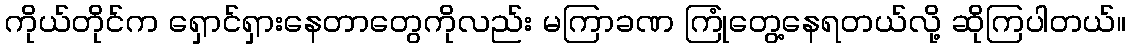
ကိုယ်တိုင်က ရှောင်ရှားနေတာတွေကိုလည်း မကြာခဏ ကြုံတွေ့နေရတယ်လို့ ဆိုကြပါတယ်။